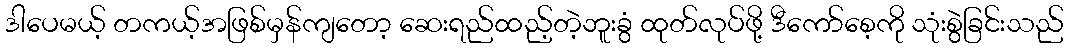
ဒါပေမယ့် တကယ့်အဖြစ်မှန်ကျတော့ ဆေးရည်ထည့်တဲ့ဘူးခွံ ထုတ်လုပ်ဖို့ ဒီကော်စေ့ကို သုံးစွဲခြင်းသည်